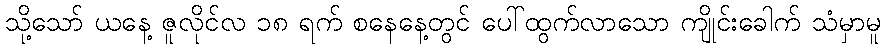
သို့သော် ယနေ့ ဇူလိုင်လ ၁၈ ရက် စနေနေ့တွင် ပေါ်ထွက်လာသော ကျိုင်းခေါက် သံမှာမူ